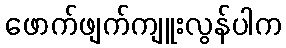
ဖောက်ဖျက်ကျူးလွန်ပါက